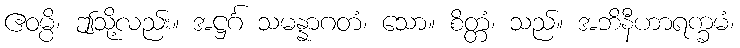
ဧဝမ္ပိ၊ ဤသို့လည်း။ အဋ္ဌင်္ဂ သမန္နာဂတံ၊ သော။ စိတ္တံ၊ သည်။ အဘိနီဟာရက္ခမံ၊